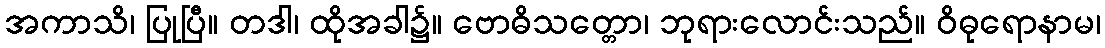
အကာသိ၊ ပြုပြီ။ တဒါ၊ ထိုအခါ၌။ ဗောဓိသတ္တော၊ ဘုရားလောင်းသည်။ ဝိဓုရောနာမ၊